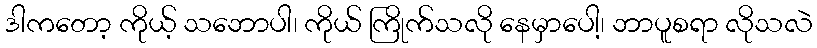
ဒါကတော့ ကိုယ့် သဘောပါ၊ ကိုယ် ကြိုက်သလို နေမှာပေါ့၊ ဘာပူစရာ လိုသလဲ